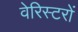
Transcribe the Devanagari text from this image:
वेरिस्टरों